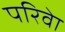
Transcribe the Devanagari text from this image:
परिवेा